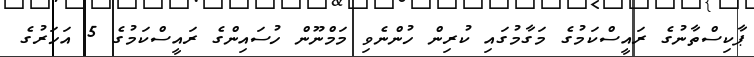
ޕާކިސްތާނުގެ ރައީސްކަމުގެ މަގާމުގައި ކުރިން ހުންނެވި މަމްނޫން ހުސައިންގެ ރައީސްކަމުގެ 5 އަހަރުގެ